Indian journal of veterinary science and animal husbandry - Volume 11,
Year: 1941
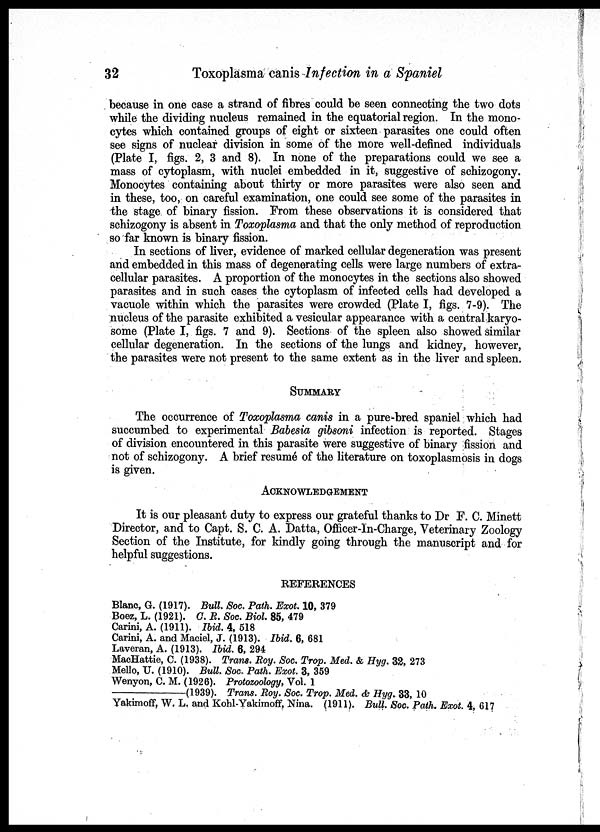
32
Toxoplasma canis Infection in a Spaniel
because in one case a strand of fibres could be seen connecting the two dots
while the dividing nucleus remained in the equatorial region. In the mono-
cytes which contained groups of eight or sixteen parasites one could often
see signs of nuclear division in some of the more well-defined individuals
(Plate I, figs. 2, 3 and 8). In none of the preparations could we see a
mass of cytoplasm, with nuclei embedded in it, suggestive of schizogony.
Monocytes containing about thirty or more parasites were also seen and
in these, too, on careful examination, one could see some of the parasites in
the stage of binary fission. From these observations it is considered that
schizogony is absent in Toxoplasma and that the only method of reproduction
so far known is binary fission.
In sections of liver, evidence of marked cellular degeneration was present
and embedded in this mass of degenerating cells were large numbers of extra-
cellular parasites. A proportion of the monocytes in the sections also showed
parasites and in such cases the cytoplasm of infected cells had developed a
vacuole within which the parasites were crowded (Plate I, figs. 7-9). The
nucleus of the parasite exhibited a vesicular appearance with a central karyo¬
some (Plate I, figs. 7 and 9). Sections of the spleen also showed similar
cellular degeneration. In the sections of the lungs and kidney, however,
the parasites were not present to the same extent as in the liver and spleen.
SUMMARY
The occurrence of Toxoplasma canis in a pure-bred spaniel which had
succumbed to experimental Babesia gibsoni infection is reported. Stages
of division encountered in this parasite were suggestive of binary fission and
not of schizogony. A brief resumé of the literature on toxoplasmosis in dogs
is given.
ACKNOWLEDGEMENT
It is our pleasant duty to express our grateful thanks to Dr F. C. Minett
Director, and to Capt. S. C. A. Datta, Officer-In-charge, Veterinary Zoology
Section of the Institute, for kindly going through the manuscript and for
helpful suggestions.
REFERENCES
Blanc, G. (1917). Bull. Soc. Path. Exot. 10, 379
Boez, L. (1921). C. R. Soc. Biol. 85, 479
Carini, A. (1911). Ibid. 4, 518
Carini, A. and Maciel, J. (1913). Ibid. 6, 681
Laveran, A. (1913). Ibid. 6, 294
MacHattie, C. (1938). Trans. Roy. Soc. Trop. Med. & Hyg. 32, 273
Mello, U. (1910). Bull. Soc. Path. Exot. 3, 359
Wenyon, C. M. (1926). Protozoology, Vol. 1
—(1939).
Trans. Roy. Soc. Trop. Med. & Hyg. 33, 10
Yakimoff, W. L. and Kohl-Yakimoff, Nina. (1911). Bull. Soc. Path. Exot. 4, 617